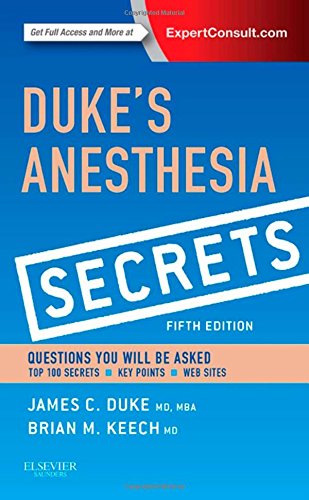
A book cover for Duke's Anesthesia Secrets, 5e; James Duke MD  MBA; Medical Books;